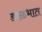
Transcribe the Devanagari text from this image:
डाळभात